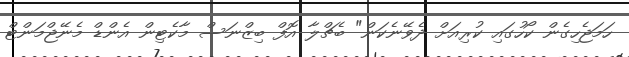
ހަމަޖެހިގެން ކޯހުގައި ކުރިއަށް ދެވޭނެކަން" ބެޗްލާ އޮފް ބިޒްނަސް މާކެޓިން އެންޑް މެނޭޖްމަންޓް